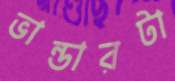
ভান্ডারটা